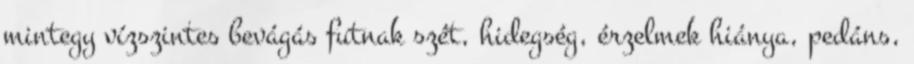
mintegy vízszintes bevágás futnak szét, hidegség, érzelmek hiánya, pedáns,